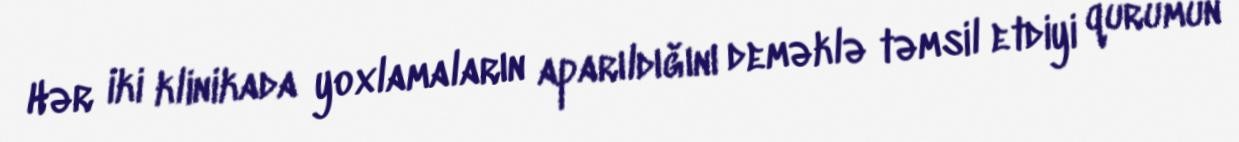
Hər iki klinikada yoxlamaların aparıldığını deməklə təmsil etdiyi qurumun